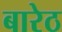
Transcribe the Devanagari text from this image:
बारेठ